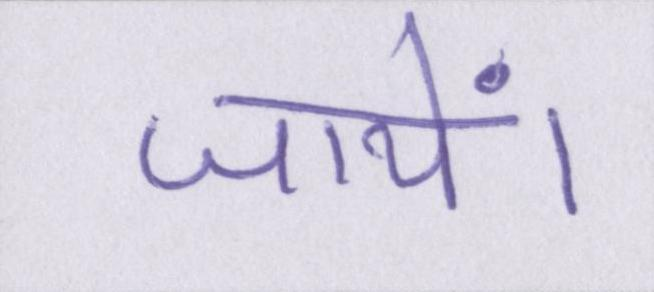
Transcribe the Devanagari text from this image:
जायें।